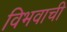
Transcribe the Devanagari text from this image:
विभवाची